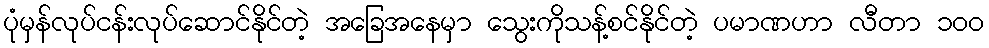
ပုံမှန်လုပ်ငန်းလုပ်ဆောင်နိုင်တဲ့ အခြေအနေမှာ သွေးကိုသန့်စင်နိုင်တဲ့ ပမာဏဟာ လီတာ ၁၀၀